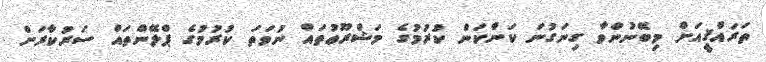
ތަރައްޤީއަށް މިބޭނުންވާ ގިނަގުނަ ކަންކަން ކުރުމުގެ މަޝްރޫޢުތައް ނުވަތަ ކުރުމުގެ ޕްލޭންތައް ސަރުކާރަށް